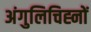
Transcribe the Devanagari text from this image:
अंगुलिचिह्नों